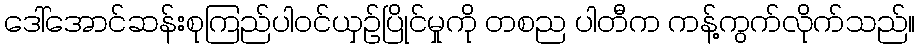
ဒေါ်အောင်ဆန်းစုကြည်ပါဝင်ယှဉ်ပြိုင်မှုကို တစည ပါတီက ကန့်ကွက်လိုက်သည်။